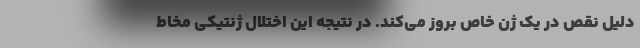
دلیل نقص در یک ژن خاص بروز می‌کند. در نتیجه این اختلال ژنتیکی مخاط